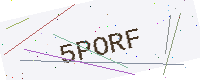
Text: 5PORF